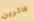
كاثرين